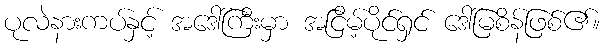
ပုလဲနားကပ်နှင့် အဒေါ်ကြီးမှာ အငြိမ့်ပိုင်ရှင် ဒေါ်မြစိန်ဖြစ်၏။